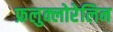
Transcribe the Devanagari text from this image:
फ्रलुक्लोरेलिन